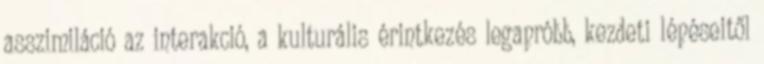
asszimiláció az interakció, a kulturális érintkezés legapróbb, kezdeti lépéseitől